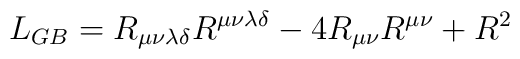
L_{GB}= R_{\mu\nu\lambda \delta} R^{\mu\nu\lambda \delta}-4 R_{\mu\nu} R^{\mu\nu} + R^2